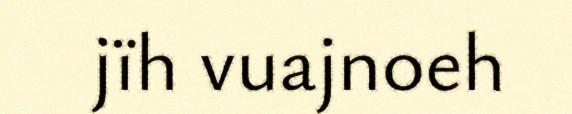
jïh vuajnoeh